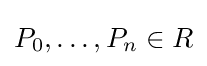
P_{0},\ldots ,P_{n}\in R